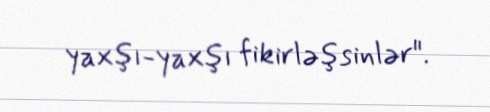
yaxşı-yaxşı fikirləşsinlər".